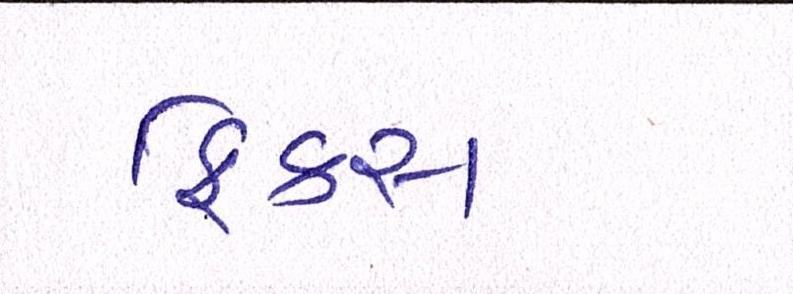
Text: ફિક્સ